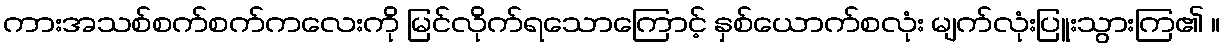
ကားအသစ်စက်စက်ကလေးကို မြင်လိုက်ရသောကြောင့် နှစ်ယောက်စလုံး မျက်လုံးပြူးသွားကြ၏ ။